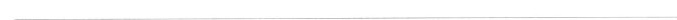
___